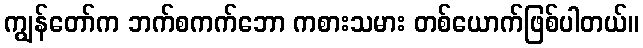
ကျွန်တော်က ဘက်စကက်ဘော ကစားသမား တစ်ယောက်ဖြစ်ပါတယ်။